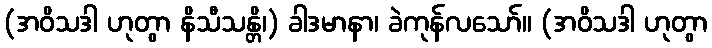
(အဝိသဒါ ဟုတွာ နိသီသန္တိ၊) ခါဒမာနာ၊ ခဲကုန်လသော်။ (အဝိသဒါ ဟုတွာ